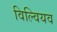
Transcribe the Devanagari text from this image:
विल्वियव